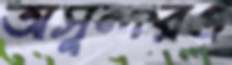
অসুন্দরও